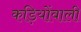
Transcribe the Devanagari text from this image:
कड़ियोंवाली